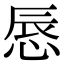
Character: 𢛚